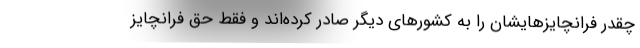
چقدر فرانچایزهایشان را به کشورهای دیگر صادر کرده‌اند و فقط حق فرانچایز